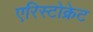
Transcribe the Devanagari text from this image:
एरिस्टोक्रेट